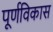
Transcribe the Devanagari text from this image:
पूर्णविकास